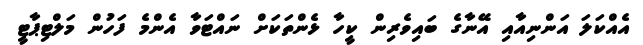
އެއްކަލަ އަންނިއާއި އޭނާގެ ބައިވެރިން ކީހާ ޅެންތަކަށް ނައްޓަވާ އެންމެ ފަހުން މަލްޓިޕާޓީ